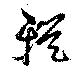
輶